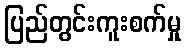
ပြည်တွင်းကူးစက်မှု